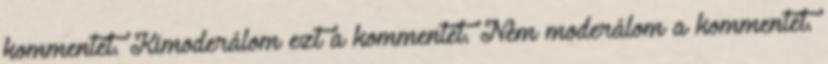
kommentet. Kimoderálom ezt a kommentet. Nem moderálom a kommentet.